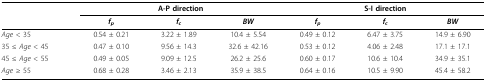
|  | <COLSPAN=3> A-P direction | <COLSPAN=3> S-I direction |
 |  | fp | fc | BW | fp | fc | BW |
 | --- | --- | --- | --- | --- | --- | --- |
 | Age < 35 | 0.54 ± 0.21 | 3.22 ± 1.89 | 10.4 ± 5.54 | 0.49 ± 0.12 | 6.47 ± 3.75 | 14.9 ± 6.90 |
 | 35 ≤ Age < 45 | 0.47 ± 0.10 | 9.56 ± 14.3 | 32.6 ± 42.16 | 0.53 ± 0.12 | 4.06 ± 2.48 | 17.1 ± 17.1 |
 | 45 ≤ Age < 55 | 0.49 ± 0.05 | 9.09 ± 12.5 | 26.2 ± 25.6 | 0.60 ± 0.17 | 10.6 ± 10.4 | 34.9 ± 35.1 |
 | Age ≥ 55 | 0.68 ± 0.28 | 3.46 ± 2.13 | 35.9 ± 38.5 | 0.64 ± 0.16 | 10.5 ± 9.90 | 45.4 ± 58.2 |